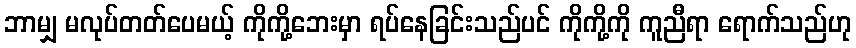
ဘာမျှ မလုပ်တတ်ပေမယ့် ကိုကို့ဘေးမှာ ရပ်နေခြင်းသည်ပင် ကိုကို့ကို ကူညီရာ ရောက်သည်ဟု